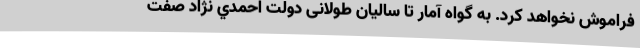
فراموش نخواهد كرد. به گواه آمار تا سالیان طولانی دولت احمدي نژاد صفت